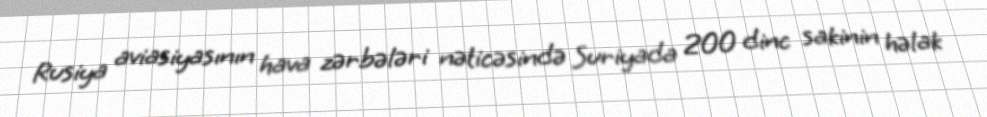
Rusiya aviasiyasının hava zərbələri nəticəsində Suriyada 200 dinc sakinin həlak